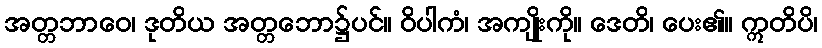
အတ္တဘာဝေ၊ ဒုတိယ အတ္တဘော၌ပင်။ ဝိပါကံ၊ အကျိုးကို။ ဒေတိ၊ ပေး၏။ ဣတိပိ၊